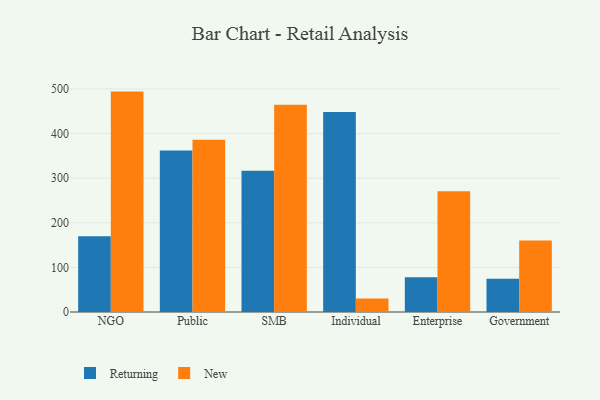
{"axis": {"x": "Segment", "y": "LTV (USD)"}, "legend": ["New", "Returning"], "data": [{"x": "NGO", "y": 169.8, "type": "Returning"}, {"x": "NGO", "y": 494.2, "type": "New"}, {"x": "Public", "y": 362.0, "type": "Returning"}, {"x": "Public", "y": 386.0, "type": "New"}, {"x": "SMB", "y": 317.0, "type": "Returning"}, {"x": "SMB", "y": 464.6, "type": "New"}, {"x": "Individual", "y": 448.5, "type": "Returning"}, {"x": "Individual", "y": 30.5, "type": "New"}, {"x": "Enterprise", "y": 78.0, "type": "Returning"}, {"x": "Enterprise", "y": 270.7, "type": "New"}, {"x": "Government", "y": 74.3, "type": "Returning"}, {"x": "Government", "y": 160.3, "type": "New"}]}